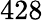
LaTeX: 428